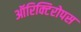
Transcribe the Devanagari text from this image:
ऑरिक्टिरोपस